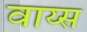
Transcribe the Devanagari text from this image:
वाय्स